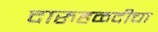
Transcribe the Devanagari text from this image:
दारुहळदीचा